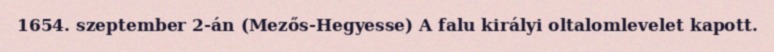
1654. szeptember 2-án (Mezős-Hegyesse) A falu királyi oltalomlevelet kapott.